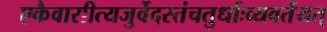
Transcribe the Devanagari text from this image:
एकैवासीत्यजुर्वेदस्तंचतुर्धाःव्यवर्तयत्